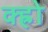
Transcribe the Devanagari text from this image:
क्ह्रो